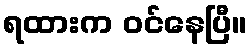
ရထားက ဝင်နေပြီ။